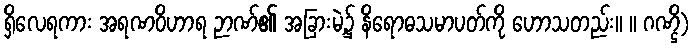
ရှိလေရကား အရဏဝိဟာရ ဉာဏ်၏ အခြားမဲ့၌ နိရောဓသမာပတ်ကို ဟောသတည်း။ ။ ဂဏ္ဌိ)